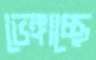
ভেঙ্গাচ্ছে